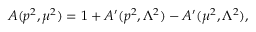
A ( p ^ { 2 } , \mu ^ { 2 } ) = 1 + A ^ { \prime } ( p ^ { 2 } , \Lambda ^ { 2 } ) - A ^ { \prime } ( \mu ^ { 2 } , \Lambda ^ { 2 } ) ,